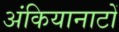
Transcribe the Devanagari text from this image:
अंकियानाटों